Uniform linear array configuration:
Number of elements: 8
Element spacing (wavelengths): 0.5
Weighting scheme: kaiser
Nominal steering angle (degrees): -45
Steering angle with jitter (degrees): -45.318
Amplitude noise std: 0.05
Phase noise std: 0.05

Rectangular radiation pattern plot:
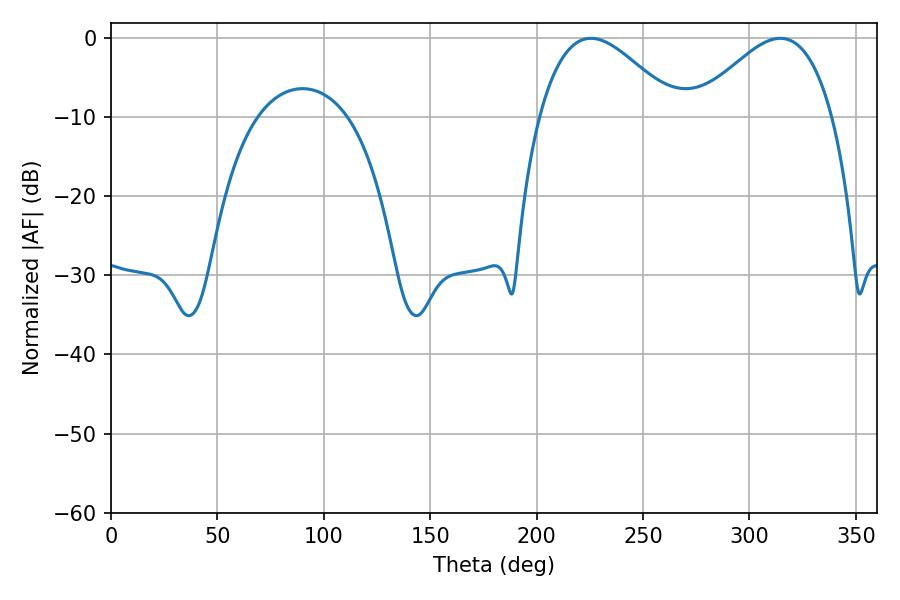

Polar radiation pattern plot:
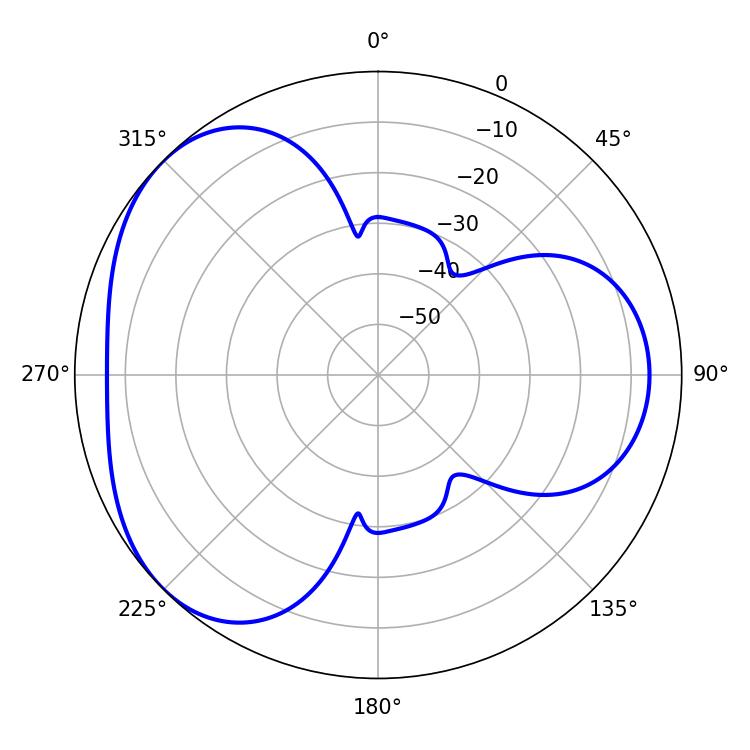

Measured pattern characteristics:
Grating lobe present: FALSE
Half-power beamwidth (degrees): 34.74
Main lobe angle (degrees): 225.54